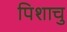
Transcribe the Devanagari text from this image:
पिशाचु